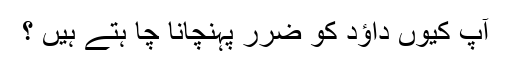
آپ کیوں داؤد کو ضرر پہنچانا چا ہتے ہیں ؟